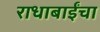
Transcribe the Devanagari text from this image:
राधाबाईंचा